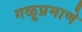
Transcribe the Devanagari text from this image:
गळूप्रमाणे